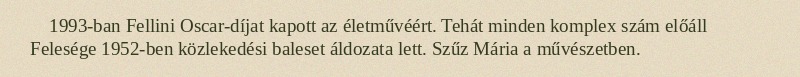
1993-ban Fellini Oscar-díjat kapott az életművéért. Tehát minden komplex szám előáll Felesége 1952-ben közlekedési baleset áldozata lett. Szűz Mária a művészetben.